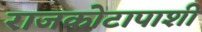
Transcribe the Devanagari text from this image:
राजकोटापाशी